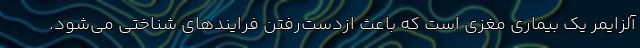
آلزایمر یک بیماری مغزی است که باعث ازدست‌رفتن فرایندهای شناختی می‌شود.